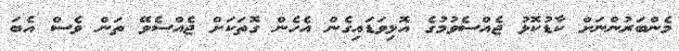
މެންބަރުންނަށް ކާޑުކޮޅު ޖެއްސެވުމުގެ އޮޅިވަޑައިގެން އެހެން ގޮތަކަށް ޖެއްސެވޭ ތަން ވެސް އެބަ